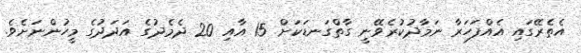
އެތެރޭގައި އެއްފަހަރާ ނަމާދުކުރެވޭނީ ގާތްގަނޑަކަށް 15 އާއި 20 ދެމެދުގެ އަދަދުގެ މީހުންނަށެވެ.